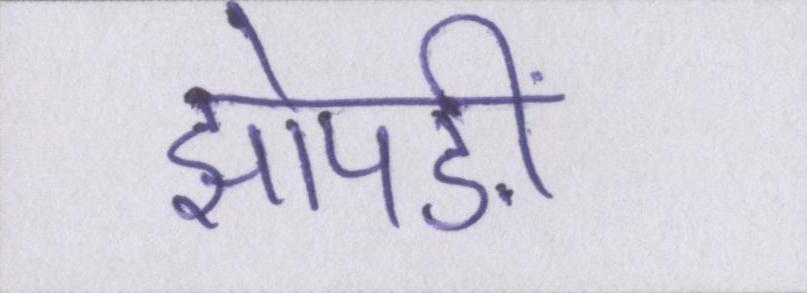
झोपङीं